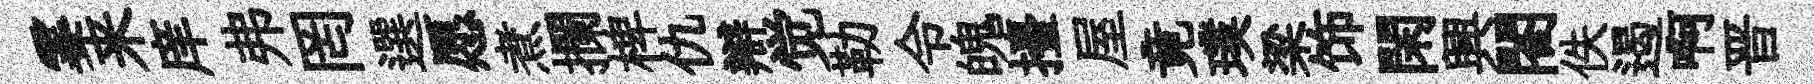
霎来庠弗罔選愿煮攔椑仇辯觉勒令魄擡屋竟璞梁饰閑興閤佚遏啊晋